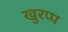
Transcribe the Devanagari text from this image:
खुरप्प